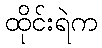
ထိုင်းရဲက